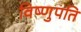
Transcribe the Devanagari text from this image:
विष्णुपति